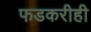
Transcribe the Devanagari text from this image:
फडकरीही